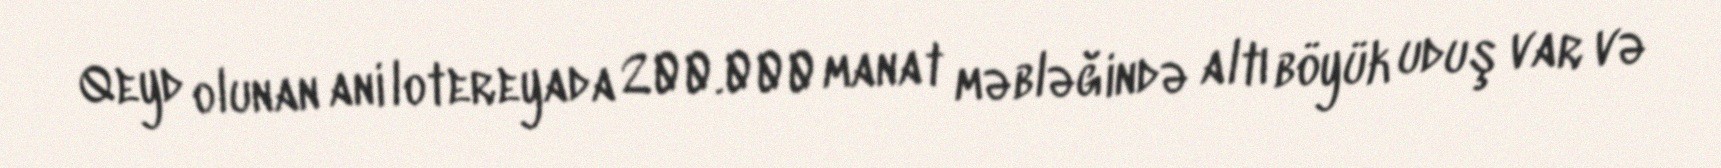
Qeyd olunan ani lotereyada 200.000 manat məbləğində altı böyük uduş var və